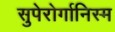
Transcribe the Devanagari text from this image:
सुपेरोर्गानिस्म